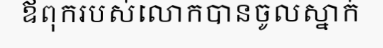
ឪពុករបស់លោកបានចូលស្នាក់